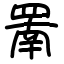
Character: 罱